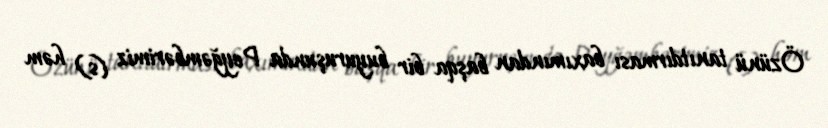
Özünü tanıtdırması baxımından başqa bir buyuruşunda Peyğəmbərimiz (s) həm